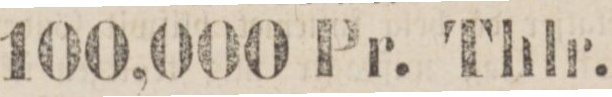
100,000 Pr. Thlr.